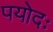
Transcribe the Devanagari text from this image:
पयोदः